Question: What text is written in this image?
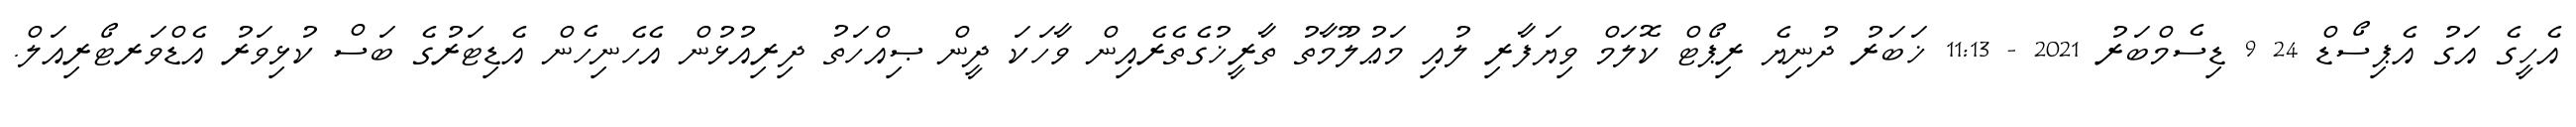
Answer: އެހީގެ އަގު އެޕިސޯޑް 24 9 ޑިސެމްބަރު 2021 - 11:13 ޚަބަރު ދުނިޔެ ރިޕޯޓް ކޮލަމް ވިޔަފާރި ލުއި މަޢުލޫމާތު ތާރީޚުގެތެރެއިން ވާހަކަ ދީން ޞިއްހަތު ދިރިއުޅުން އެހެނިހެން އެޑިޓަރުގެ ބަސް ކުޅިވަރު އެޑްވަރޓޯރިއަލް.